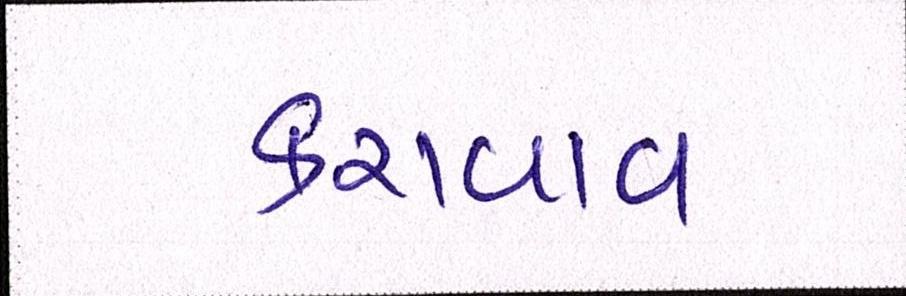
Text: કરાવાવ